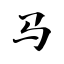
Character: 马